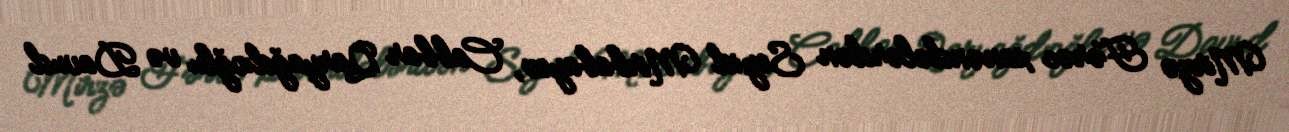
Mirzə Fərəc xanəndələrdən Seyid Mirbabayev, Cabbar Qaryağdıoğlu və Davud